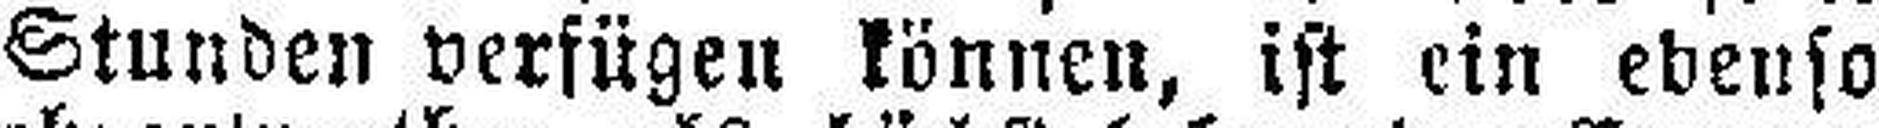
Stunden verfügen können, ist ein ebenso